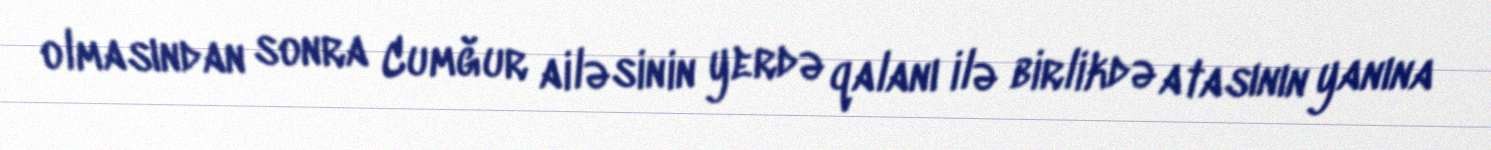
olmasından sonra Cumğur ailəsinin yerdə qalanı ilə birlikdə atasının yanına